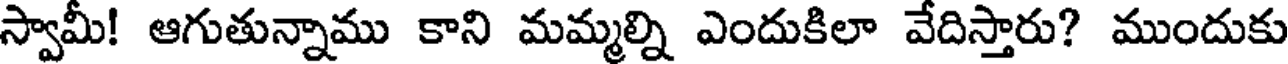
స్వామీ! ఆగుతున్నాము కాని మమ్మల్ని ఎందుకిలా వేదిస్తారు? ముందుకు